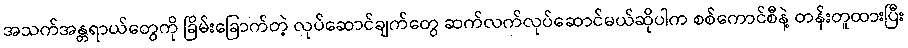
အသက်အန္တရာယ်တွေကို ခြိမ်းခြောက်တဲ့ လုပ်ဆောင်ချက်တွေ ဆက်လက်လုပ်ဆောင်မယ်ဆိုပါက စစ်ကောင်စီနဲ့ တန်းတူထားပြီး